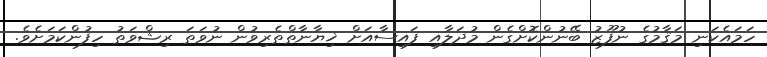
ހަމައެކަނި މަޤާމުގެ ނުފޫޒު ބޭނުންކޮށްގެން މުދަލާއި ފައިސާއަށް ޚިޔާނާތްތެރިވުން ނުވަތަ ރިޝްވަތު ހިފުންކަމަށެވެ.